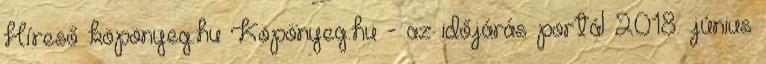
Híreső köpönyeg.hu Köpönyeg.hu - az időjárás portál 2018. június